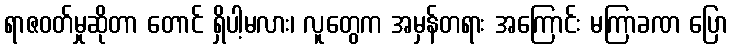
ရာဇဝတ်မှုဆိုတာ တောင် ရှိပါ့မလား၊ လူတွေက အမှန်တရား အကြောင်း မကြာခဏ ပြော